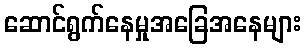
ဆောင်ရွက်နေမှုအခြေအနေများ